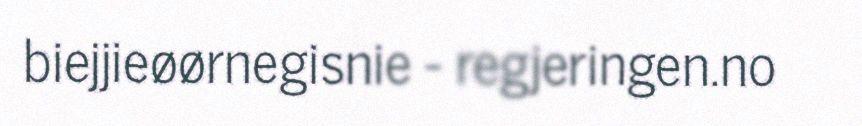
biejjieøørnegisnie - regjeringen.no